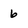
Character: 6